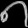
Digit: ၈